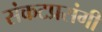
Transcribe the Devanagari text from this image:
संकटप्रसंगी